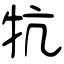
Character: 牨